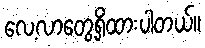
လေ့လာတွေ့ရှိထားပါတယ်။